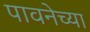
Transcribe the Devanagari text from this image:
पावनेच्या